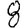
Digit: 8